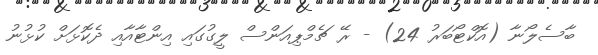
ބާސެލޯނާ (އޮކްޓޯބަރު 24) - ރޭ ޗެމްޕިއަންސް ލީގުގައި އިންޓާއާއި ދެކޮޅަށް ކުޅުނު